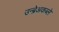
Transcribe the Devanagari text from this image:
उन्ब्रेअकब्ले